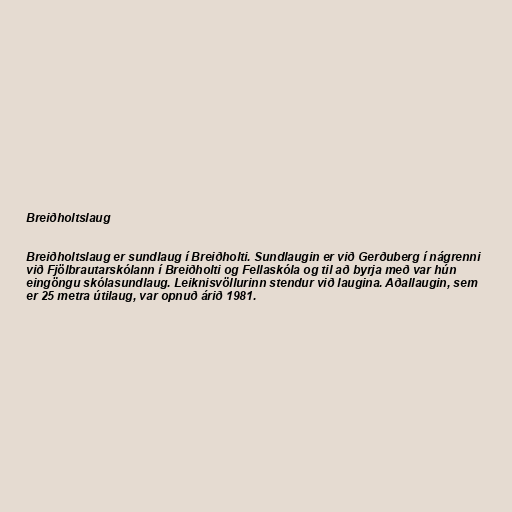
Breiðholtslaug

Breiðholtslaug er sundlaug í Breiðholti. Sundlaugin er við Gerðuberg í nágrenni
við Fjölbrautarskólann í Breiðholti og Fellaskóla og til að byrja með var hún
eingöngu skólasundlaug. Leiknisvöllurinn stendur við laugina. Aðallaugin, sem
er 25 metra útilaug, var opnuð árið 1981.